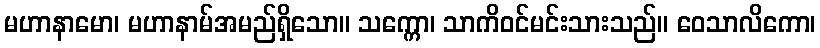
မဟာနာမော၊ မဟာနာမ်အမည်ရှိသော။ သက္ကော၊ သာကိဝင်မင်းသားသည်။ ဝေသာလိကော၊